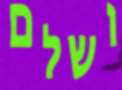
ושלם